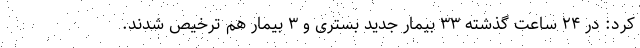
کرد: در ۲۴ ساعت گذشته ۳۳ بیمار جدید بستری و ۳ بیمار هم ترخیص شدند.